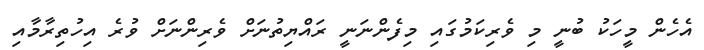
އެހެން މީހަކު ބުނީ މި ވެރިކަމުގައި މިފެންނަނީ ރައްޔިތުނަށް ވެރިންނަށް ވުރެ އިހުތިރާމާއި